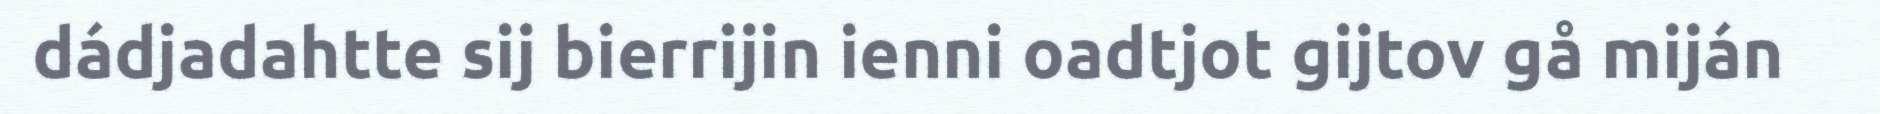
dádjadahtte sij bierrijin ienni oadtjot gijtov gå miján